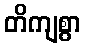
တိကျစွာ